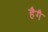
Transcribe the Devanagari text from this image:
हैगै